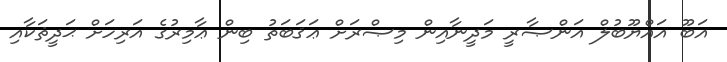
އަބޫ އައްޔޫބުލް އަންޞާރީ މަދީނާއިން މިޞްރަށް ޢަޤަބަތު ބިން ޢާމިރުގެ އަރިހަށް ޙަދީޘަކާއި